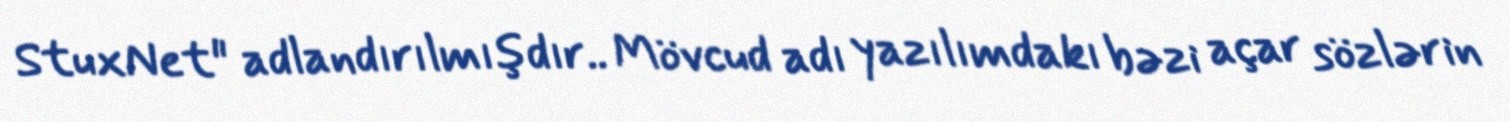
StuxNet" adlandırılmışdır.. Mövcud adı yazılımdakı bəzi açar sözlərin